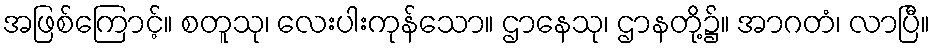
အဖြစ်ကြောင့်။ စတူသု၊ လေးပါးကုန်သော။ ဌာနေသု၊ ဌာနတို့၌။ အာဂတံ၊ လာပြီ။